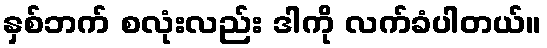
နှစ်ဘက် စလုံးလည်း ဒါကို လက်ခံပါတယ်။